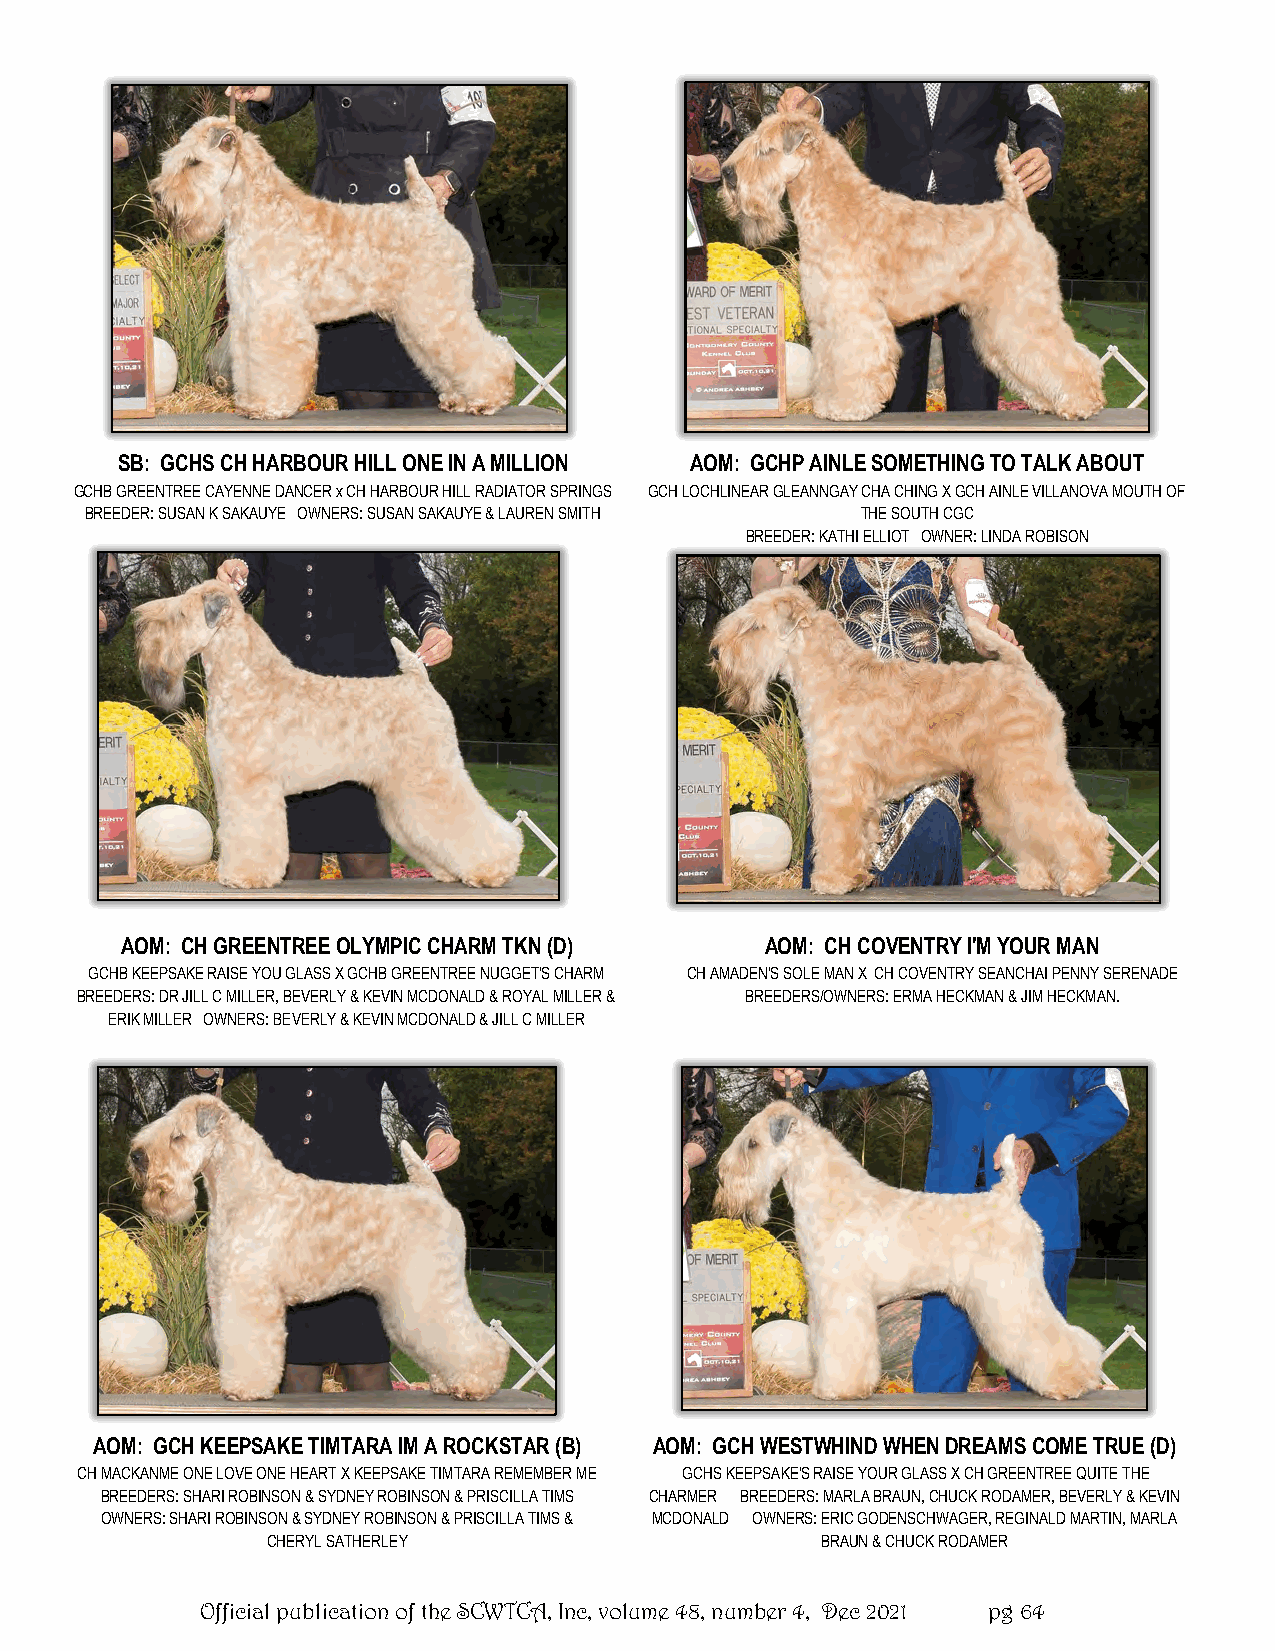
SB: GCHS CH HARBOUR HILL ONE IN A MILLION AOM: GCHP AINLE SOMETHING TO TALK ABOUT
 GCHB GREENTREE CAYENNE DANCER x CH HARBOUR HILL RADIATOR SPRINGS GCH LOCHLINEAR GLEANNGAY CHA CHING X GCH AINLE VILLANOVA MOUTH OF
 BREEDER: SUSAN K SAKAUYE OWNERS: SUSAN SAKAUYE & LAUREN SMITH THE SOUTH CGC
 BREEDER: KATHI ELLIOT OWNER: LINDA ROBISON
 AOM: CH GREENTREE OLYMPIC CHARM TKN (D)    AOM: CH COVENTRY I'M YOUR MAN
 GCHB KEEPSAKE RAISE YOU GLASS X GCHB GREENTREE NUGGET'S CHARM CH AMADEN'S SOLE MAN X CH COVENTRY SEANCHAI PENNY SERENADE
 BREEDERS: DR JILL C MILLER, BEVERLY & KEVIN MCDONALD & ROYAL MILLER & BREEDERS/OWNERS: ERMA HECKMAN & JIM HECKMAN.
 ERIK MILLER OWNERS: BEVERLY & KEVIN MCDONALD & JILL C MILLER
 AOM: GCH KEEPSAKE TIMTARA IM A ROCKSTAR (B) AOM: GCH WESTWHIND WHEN DREAMS COME TRUE (D)
 CH MACKANME ONE LOVE ONE HEART X KEEPSAKE TIMTARA REMEMBER ME GCHS KEEPSAKE'S RAISE YOUR GLASS X CH GREENTREE QUITE THE
 BREEDERS: SHARI ROBINSON & SYDNEY ROBINSON & PRISCILLA TIMS CHARMER BREEDERS: MARLA BRAUN, CHUCK RODAMER, BEVERLY & KEVIN
 OWNERS: SHARI ROBINSON & SYDNEY ROBINSON & PRISCILLA TIMS & MCDONALD OWNERS: ERIC GODENSCHWAGER, REGINALD MARTIN, MARLA
 CHERYL SATHERLEY                    BRAUN & CHUCK RODAMER
 Official publication of the SCWTCA, Inc, volume 48, number 4, Dec 2021 pg 64